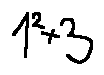
1 ^ { 2 } + 3